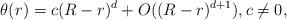
LaTeX: \begin{align*}\theta(r)=c(R-r)^d+O((R-r)^{d+1}), c\ne 0,\end{align*}